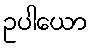
ဥပါယော